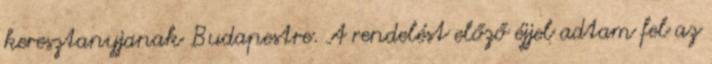
keresztanyjanak Budapestre. A rendelést előző éjjel adtam fel az